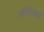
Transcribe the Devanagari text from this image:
एरिट्रियाई